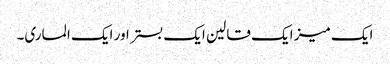
ایک میز ایک قالین ایک بستر اور ایک الماری۔